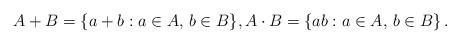
LaTeX: \begin{align*} A+B=\{a+b:a\in A,\, b\in B\}, A\cdot B =\{ab: a\in A,\, b\in B\} \,.\end{align*}